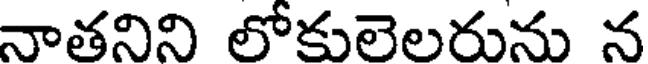
నాతనిని లోకులెలరును న